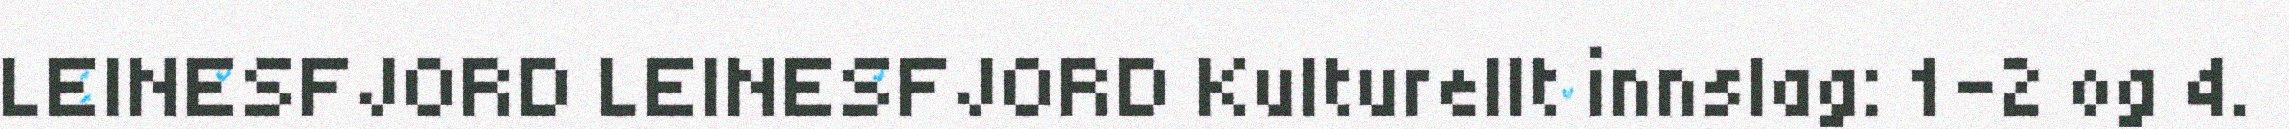
LEINESFJORD LEINESFJORD Kulturellt innslag: 1-2 og 4.